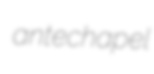
antechapel